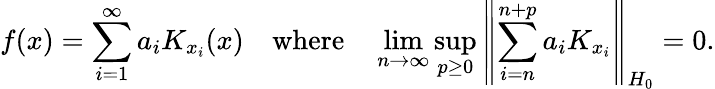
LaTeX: f(x)=\sum_{i=1}^{\infty}a_{i}K_{x_{i}}(x)\quad{\mathrm{where}}\quad\operatorname*{lim}_{n\to\infty}\operatorname*{sup}_{p\geq 0}\left\| \sum_{i=n}^{n+p}a_{i}K_{x_{i}}\right\| _{H_{0}}=0.